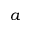
a